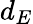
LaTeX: d_{E}